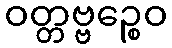
ဝတ္တဗ္ဗဉ္စေဝ